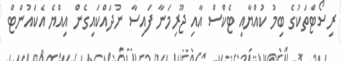
ރިސޯޓްތަކުގެ ބިމު ކުއްޔާއި ޓެކްސް އާއި ޖޫރިމަނާ ފައިސާ ނުދައްކައިގެން އިއްޔެ އެކައުންޓް